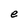
Character: e